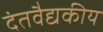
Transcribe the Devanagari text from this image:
दंतवैद्यकीय